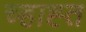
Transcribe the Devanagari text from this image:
च्हाह्त